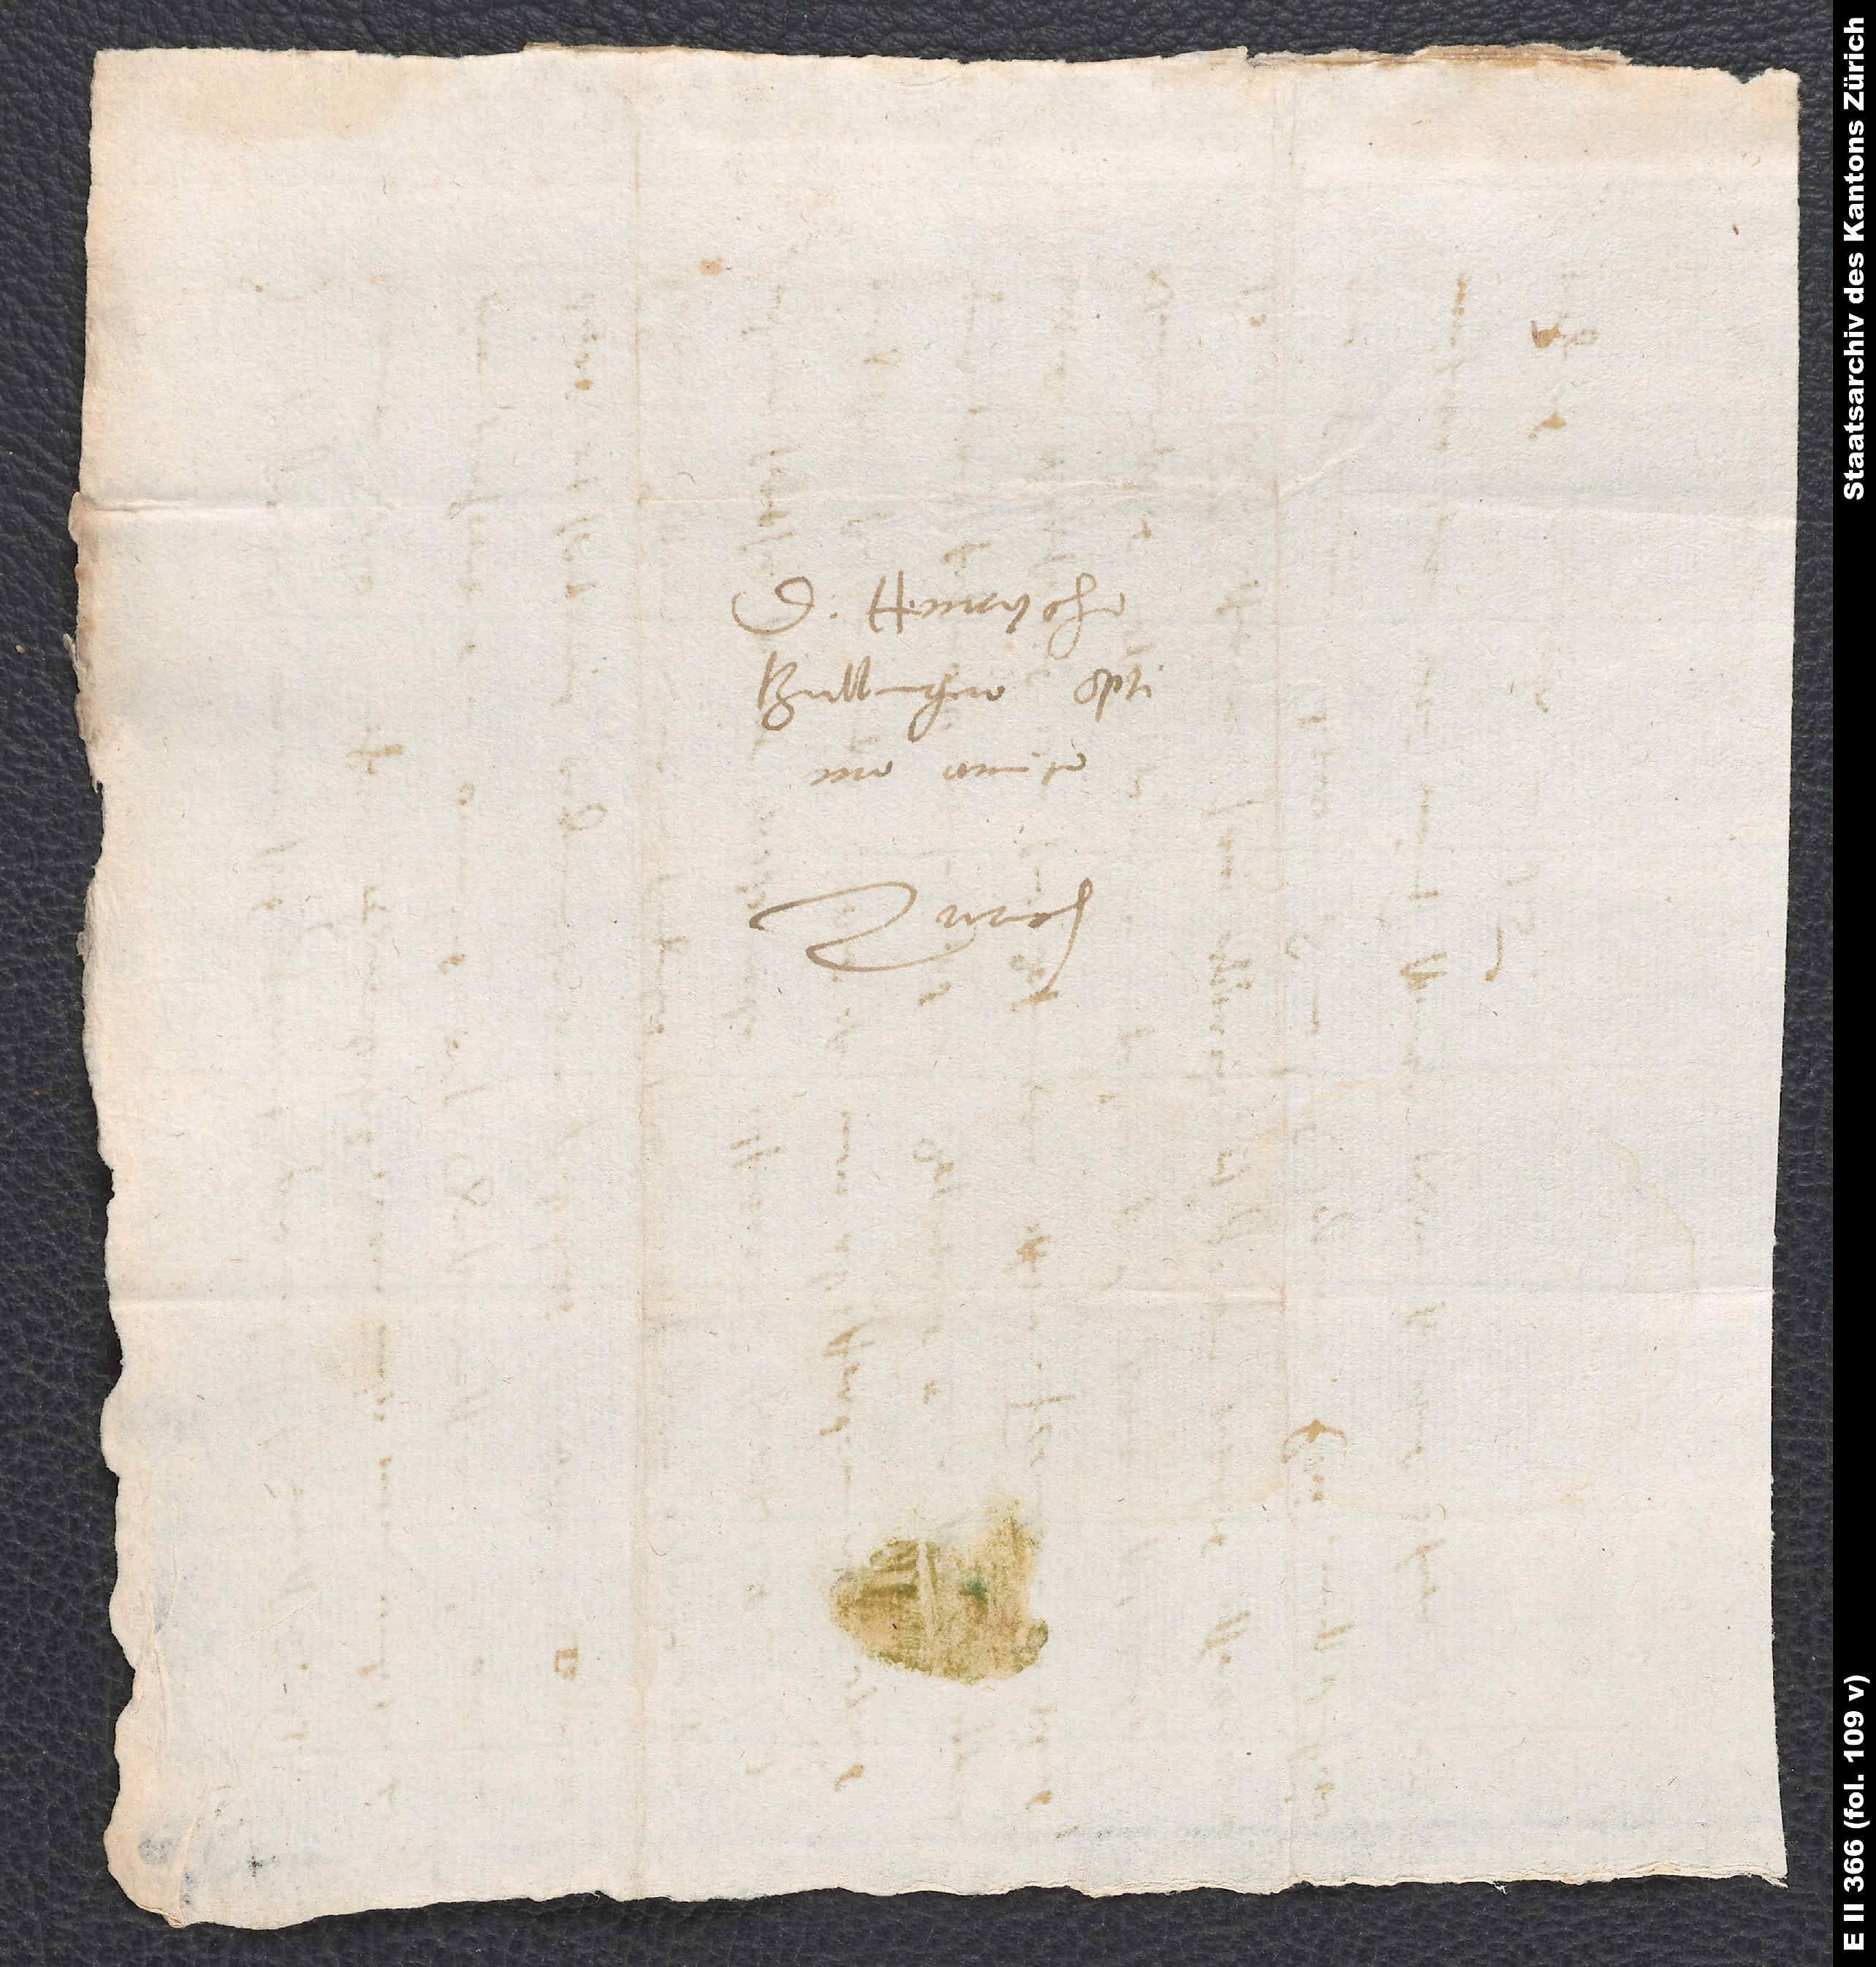
D. Henrycho
Bullingero, optimo
Zurich.